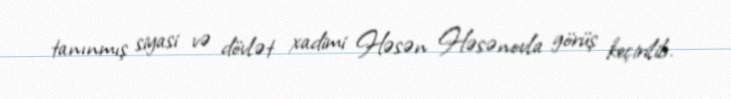
tanınmış siyasi və dövlət xadimi Həsən Həsənovla görüş keçirilib.